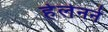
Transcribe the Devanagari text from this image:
हेलेनने